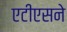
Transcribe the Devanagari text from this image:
एटीएसने